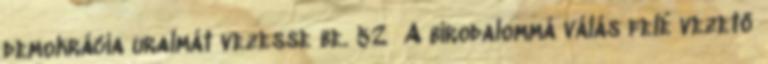
demokrácia uralmát vezesse be. 52 A birodalommá válás felé vezető